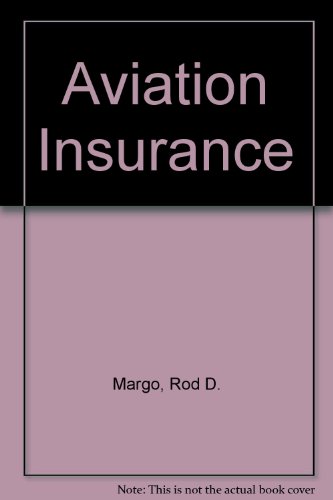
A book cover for Aviation Insurance: The Law and Practice of Aviation Insurance, Including Hovercraft and Spacecraft Insurance; Rod D. Margo; Law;